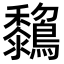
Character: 𪇺